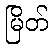
မြိတ်